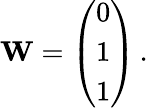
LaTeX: \begin{array}{r}{\mathbf{W}=\left(\begin{array}{l}{0}\\ {1}\\ {1}\end{array}\right)\, .}\end{array}